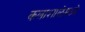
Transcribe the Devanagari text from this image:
कलाशाळेमध्ये